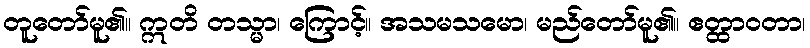
တူတော်မူ၏။ ဣတိ တသ္မာ၊ ကြောင့်။ အသမသမော၊ မည်တော်မူ၏။ ဧတ္ထာဝတာ၊